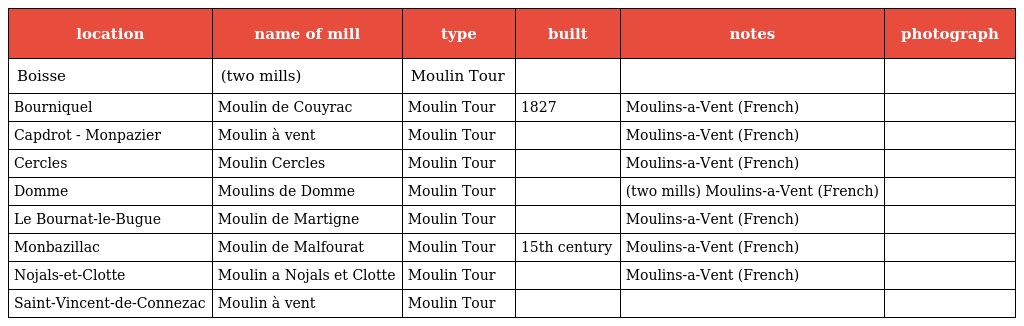
| location | name of mill | type | built | notes | photograph |
 | --- | --- | --- | --- | --- | --- |
 | Boisse | (two mills) | Moulin Tour |  |  |  |
 | Bourniquel | Moulin de Couyrac | Moulin Tour | 1827 | Moulins-a-Vent (French) |  |
 | Capdrot - Monpazier | Moulin à vent | Moulin Tour |  | Moulins-a-Vent (French) |  |
 | Cercles | Moulin Cercles | Moulin Tour |  | Moulins-a-Vent (French) |  |
 | Domme | Moulins de Domme | Moulin Tour |  | (two mills) Moulins-a-Vent (French) |  |
 | Le Bournat-le-Bugue | Moulin de Martigne | Moulin Tour |  | Moulins-a-Vent (French) |  |
 | Monbazillac | Moulin de Malfourat | Moulin Tour | 15th century | Moulins-a-Vent (French) |  |
 | Nojals-et-Clotte | Moulin a Nojals et Clotte | Moulin Tour |  | Moulins-a-Vent (French) |  |
 | Saint-Vincent-de-Connezac | Moulin à vent | Moulin Tour |  |  |  |